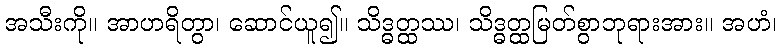
အသီးကို။ အာဟရိတွာ၊ ဆောင်ယူ၍။ သိဒ္ဓတ္ထဿ၊ သိဒ္ဓတ္ထမြတ်စွာဘုရားအား။ အဟံ၊